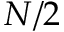
N / 2